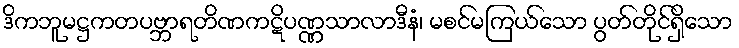
ဒိကဘူမဋ္ဌကတပဗ္ဘာရတိဏကဋိပဏ္ဏသာလာဒီနံ၊ မစင်မကြယ်သော ပွတ်တိုင်ရှိသော